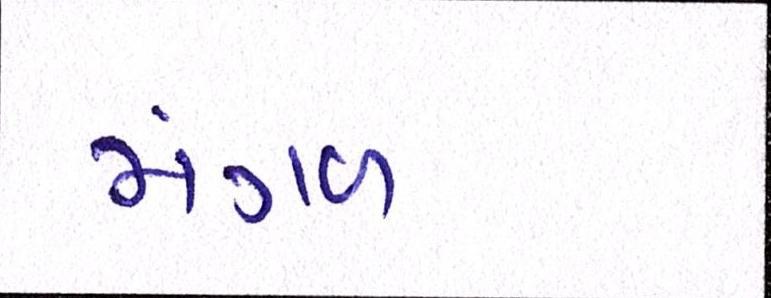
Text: મંગળ